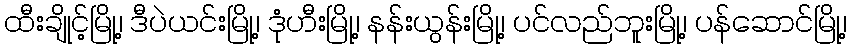
ထီးချိုင့်မြို့၊ ဒီပဲယင်းမြို့၊ ဒုံဟီးမြို့၊ နန်းယွန်းမြို့၊ ပင်လည်ဘူးမြို့၊ ပန်ဆောင်မြို့၊